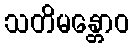
သတိမန္တောဝ